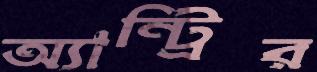
অ্যান্ট্রির